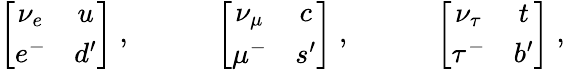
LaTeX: \left[\begin{array}{cc}{{\nu_{e}}}&{{u}}\\ {{e^{-}}}&{{d^{\prime}}}\end{array}\right]\; ,\qquad\quad\left[\begin{array}{cc}{{\nu_{\mu}}}&{{c}}\\ {{\mu^{-}}}&{{s^{\prime}}}\end{array}\right]\; ,\qquad\quad\left[\begin{array}{cc}{{\nu_{\tau}}}&{{t}}\\ {{\tau^{-}}}&{{b^{\prime}}}\end{array}\right]\; ,